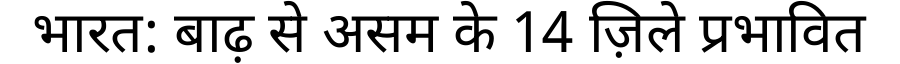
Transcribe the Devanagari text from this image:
भारत: बाढ़ से असम के 14 ज़िले प्रभावित